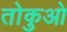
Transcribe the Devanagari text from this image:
तोकुओ